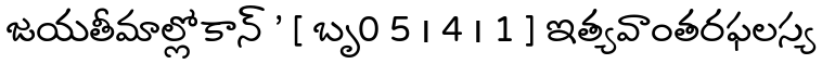
జయతీమాల్లోకాన్ ' [ బృ0 5 । 4 । 1 ] ఇత్యవాంతరఫలస్య